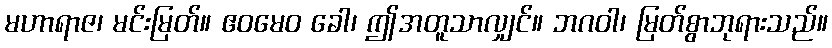
မဟာရာဇ၊ မင်းမြတ်။ ဧဝမေဝ ခေါ၊ ဤအတူသာလျှင်။ ဘဂဝါ၊ မြတ်စွာဘုရားသည်။